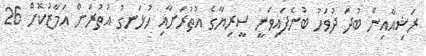
ރަޝިއާއިން ބުދަ ދުވަހު ބުނެފައިވަނީ ސީރިޔާގެ އުތުރަށާއި ހުޅަނގު އުތުރަށް އަމާޒުކޮށް 26